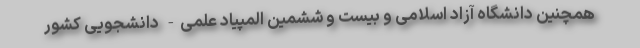
همچنین دانشگاه آزاد اسلامی و بیست و ششمین المپیاد علمی- دانشجویی کشور